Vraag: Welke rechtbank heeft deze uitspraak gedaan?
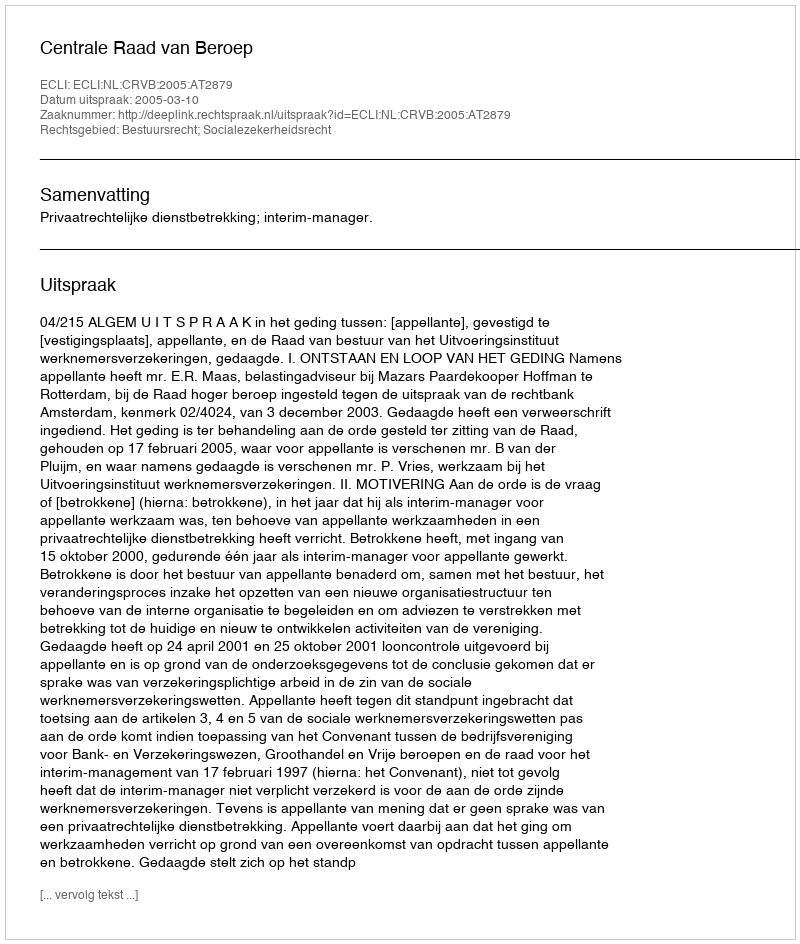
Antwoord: Centrale Raad van Beroep